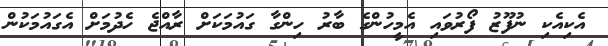
އެކިއެކި ނުފޫޒު ފޯރުވައި އެމީހުންގެ ބާރު ހިންގާ ގައުމަކަށް ރާއްޖެ ހެދުމަށް އެގައުމަކުން